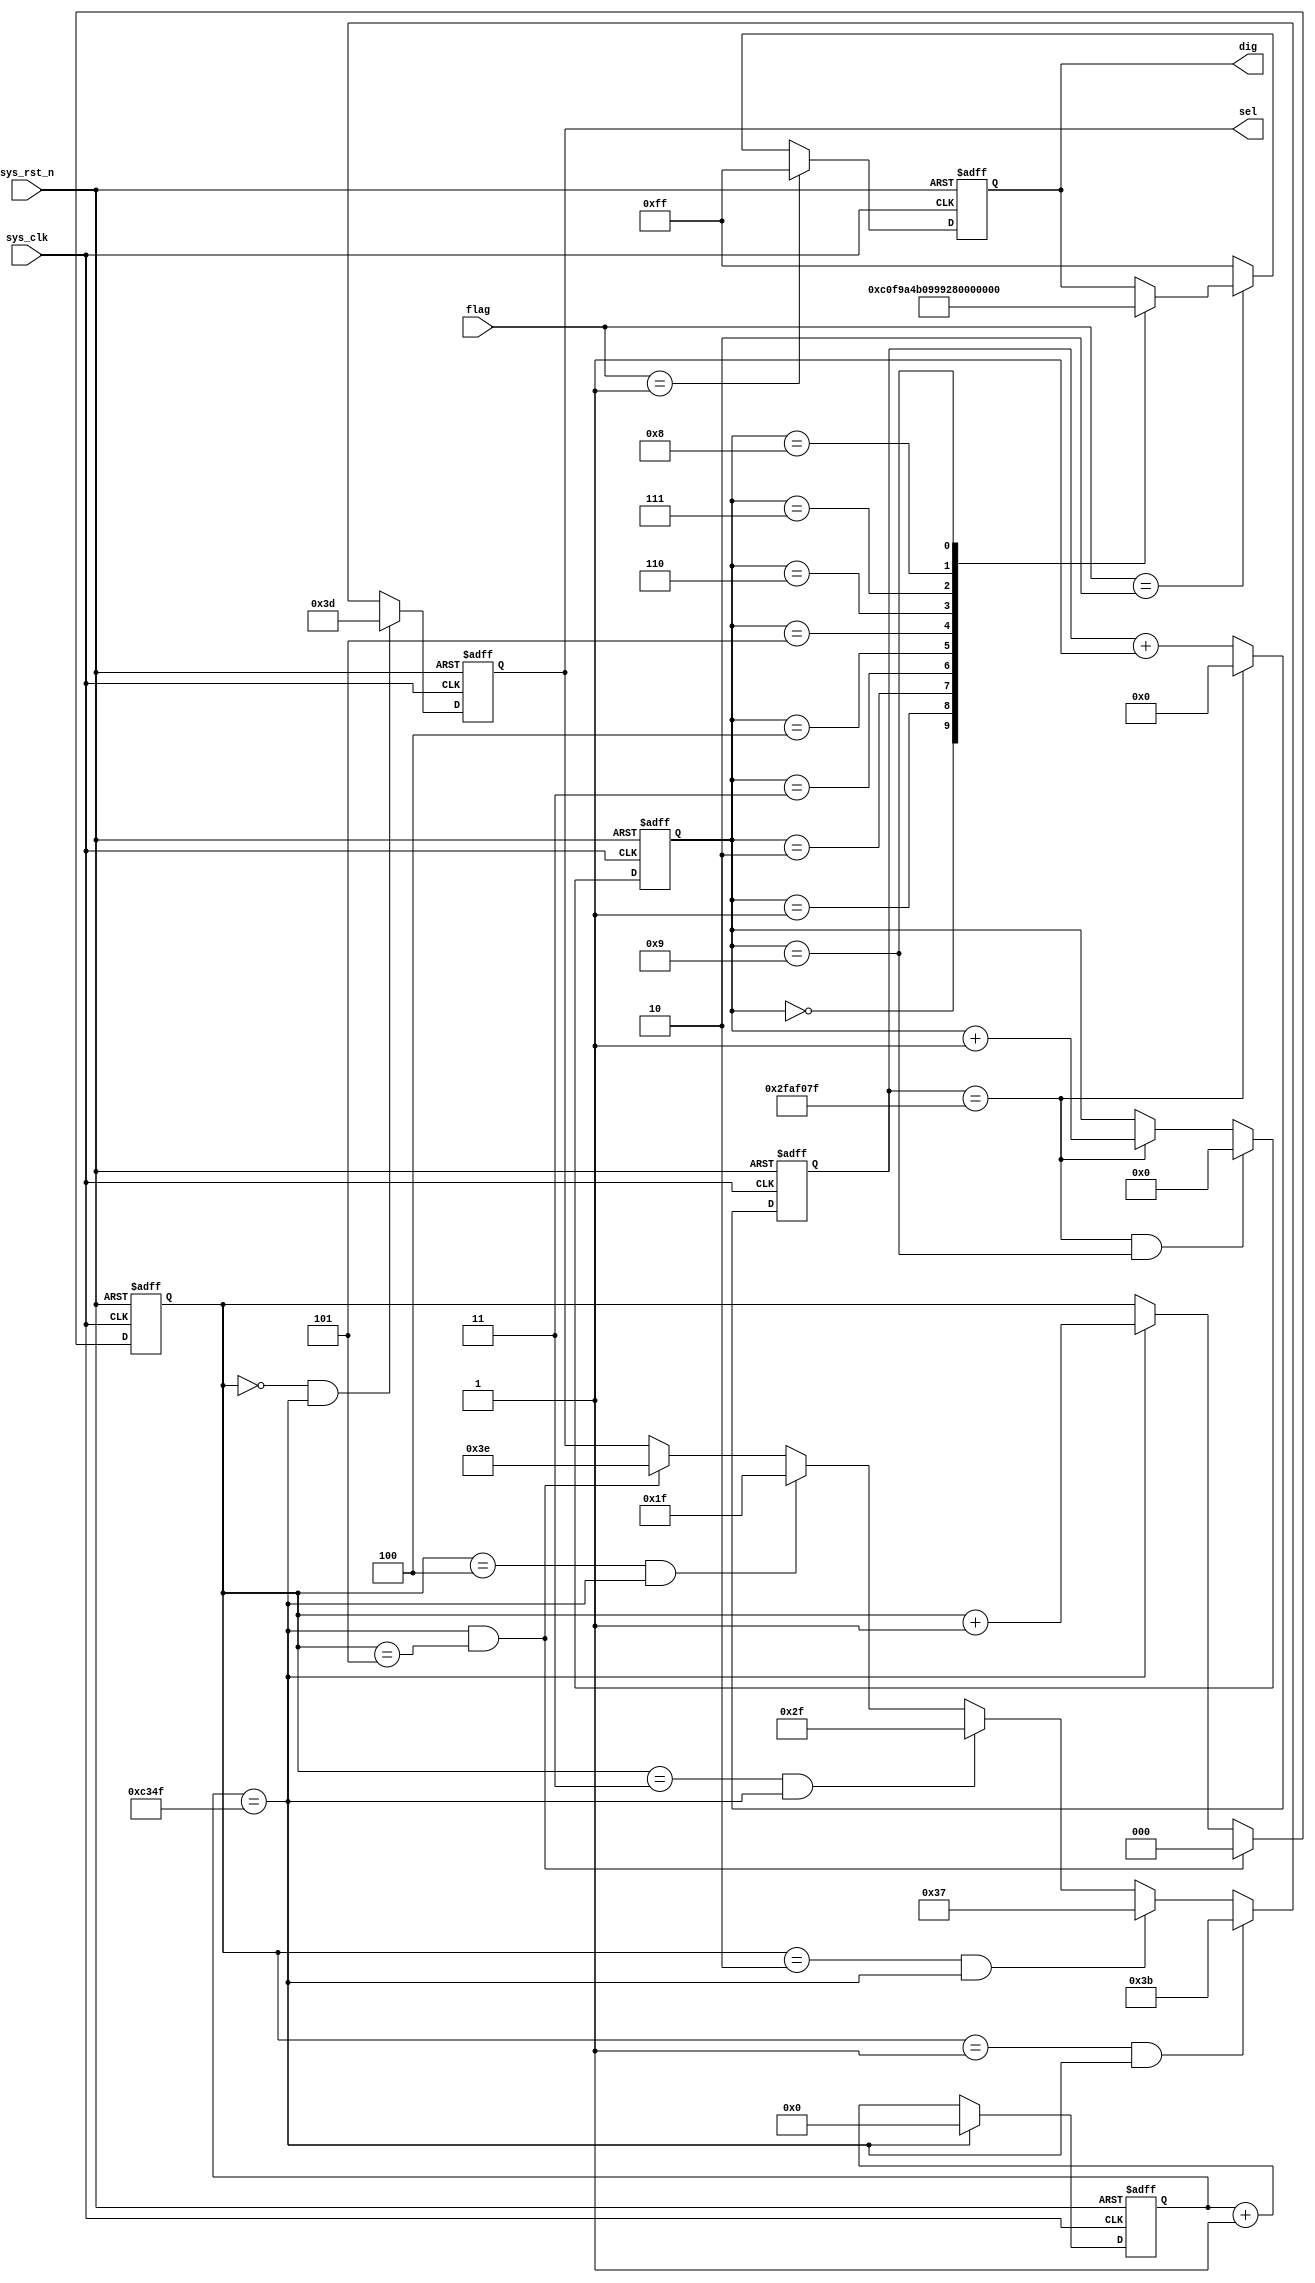
module  seg_dynamic
(
	input	wire			sys_clk		,
	input	wire			sys_rst_n	,
	input	wire	[1:0]	flag		,
	
	output	reg		[7:0]	dig			,
	output	reg		[5:0]	sel	
);

localparam	CNT_DELAY_MAX	=	16'd50_000	;
localparam	cnt_seg_MAX		=	3'd6		;
localparam	CNT_1S_MAX		=	26'd50_000_000	;
localparam	ZERO	=	8'b1100_0000	,
			ONE		=	8'b1111_1001	,
			TWO		=	8'b1010_0100	,
			THREE	=	8'b1011_0000	,
			FOUR	=	8'b1001_1001	,
			FIVE	=	8'b1001_0010	,
			SIX		=	8'b1000_0010	,
			SEVEN	=	8'b1111_1000	,
			EIGHT	=	8'b1000_0000	,
			NINE	=	8'b1001_0000	;

reg		[15:0]	cnt_delay	;
reg		[2:0]	cnt_seg		;
reg		[25:0]	cnt_1s		;
reg		[3:0]	cnt_num		;

always@(posedge sys_clk or negedge sys_rst_n)
	if(sys_rst_n == 1'b0)
		cnt_delay  <=  16'd0  ;
	else  if(cnt_delay == CNT_DELAY_MAX - 1'b1)
		cnt_delay  <=  16'd0  ;
	else
		cnt_delay  <=  cnt_delay + 1'b1  ;
		
always@(posedge sys_clk or negedge sys_rst_n)
	if(sys_rst_n == 1'b0)
		cnt_seg  <=  3'd0  ;
	else  if((cnt_delay == CNT_DELAY_MAX - 1'b1)&&(cnt_seg == cnt_seg_MAX - 1'b1))
		cnt_seg  <=  3'd0  ;
	else  if(cnt_delay == CNT_DELAY_MAX - 1'b1)
		cnt_seg  <=  cnt_seg + 1'b1  ;
	else
		cnt_seg  <=  cnt_seg  ;

always@(posedge sys_clk or negedge sys_rst_n)
	if(sys_rst_n == 1'b0)
		sel  <=  6'b111_111  ;
	else  if((cnt_seg == 3'd0)&&(cnt_delay == CNT_DELAY_MAX - 1'b1))
		sel  <=  6'b111_101  ;
	else  if((cnt_seg == 3'd1)&&(cnt_delay == CNT_DELAY_MAX - 1'b1))
		sel  <=  6'b111_011  ;
	else  if((cnt_seg == 3'd2)&&(cnt_delay == CNT_DELAY_MAX - 1'b1))
		sel  <=  6'b110_111  ;
	else  if((cnt_seg == 3'd3)&&(cnt_delay == CNT_DELAY_MAX - 1'b1))
		sel  <=  6'b101_111  ;
	else  if((cnt_seg == 3'd4)&&(cnt_delay == CNT_DELAY_MAX - 1'b1))
		sel  <=  6'b011_111  ;
	else  if((cnt_seg == 3'd5)&&(cnt_delay == CNT_DELAY_MAX - 1'b1))
		sel  <=  6'b111_110  ;
	else
		sel  <=  sel  ;
		
always@(posedge sys_clk or negedge sys_rst_n)
	if(sys_rst_n == 1'b0)
		cnt_1s  <=  26'd0  ;
	else  if(cnt_1s == CNT_1S_MAX - 1'b1)
		cnt_1s  <=  26'd0  ;
	else
		cnt_1s  <=  cnt_1s + 1'b1  ;
		
always@(posedge sys_clk or negedge sys_rst_n)
	if(sys_rst_n == 1'b0)
		cnt_num  <=  4'd0  ;
	else  if((cnt_1s == CNT_1S_MAX - 1'b1)&&(cnt_num == 4'd9))
		cnt_num  <=  4'd0  ;
	else  if(cnt_1s == CNT_1S_MAX - 1'b1)
		cnt_num  <=  cnt_num + 1'b1  ;
	else
		cnt_num  <=  cnt_num  ;
		
always@(posedge sys_clk or negedge sys_rst_n)
	if(sys_rst_n == 1'b0)
		dig  <=  8'b1111_1111  ;
	else  if(flag == 2'b01)
		dig  <=  8'b1111_1111  ;
	else  if(flag == 2'b10)
		case(cnt_num)
			4'd0	:	dig  <=  ZERO	;
			4'd1	:	dig	 <=  ONE	;
			4'd2	:	dig	 <=  TWO	;
			4'd3	:	dig	 <=  THREE	;
			4'd4	:	dig	 <=  FOUR	;
			4'd5	:	dig  <=  FIVE	;
			4'd6	:	dig  <=  SIX	;
			4'd7	:	dig  <=  SEVEN	;
			4'd8	:	dig	 <=  EIGHT	;
			4'd9	:	dig  <=  NINE	;
			default	:	dig  <=  dig	;
		endcase
	else
		dig  <=  8'b1111_1111  ;

endmodule